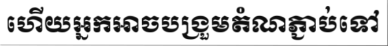
ហើយអ្នកអាចបង្រួមតំណភ្ជាប់ទៅ